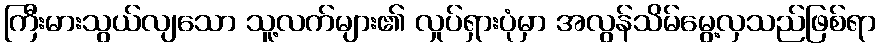
ကြီးမားသွယ်လျသော သူ့လက်များ၏ လှုပ်ရှားပုံမှာ အလွန်သိမ်မွေ့လှသည်ဖြစ်ရာ